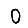
Digit: 0